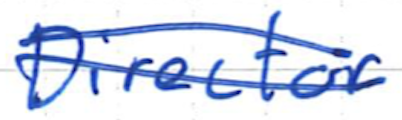
Text: Director
Cross-out: double-line
Writing tool: ballpoint